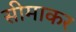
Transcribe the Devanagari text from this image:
सीमाकर